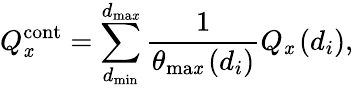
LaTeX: Q_{\mathit{x}}^{\mathrm{{cont}}}=\sum_{d_{\mathrm{{min}}}}^{d_{\mathrm{{ma\mathit{x}}}}}\frac{{1}}{{\theta_{\mathrm{{ma\mathit{x}}}}\left(d_{i}\right)}}Q_{\mathit{x}}\left(d_{i}\right),